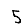
Digit: 5